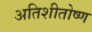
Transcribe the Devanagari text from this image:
अतिशीतोष्ण